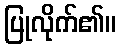
ပြုလိုက်၏။